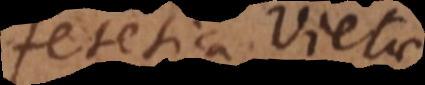
Zetetica Vietae